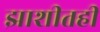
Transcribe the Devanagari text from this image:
झाशीतही